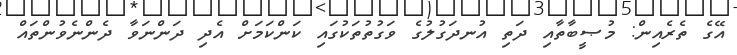
އޭގެ ތެރެއިން: މުޞީބާތާއި ދަތި އުނދަގުލުގެ ވަގުތުތަކުގައި ކަންކަމަށް އެދި ދަންނަވާ ދެންނެވުންތައް